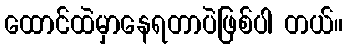
ထောင်ထဲမှာနေရတာပဲဖြစ်ပါ တယ်။